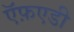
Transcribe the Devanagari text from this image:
ऍफ़एडी